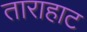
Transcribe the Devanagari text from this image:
ताराहाट